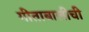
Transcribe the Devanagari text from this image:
गीताबालीची